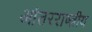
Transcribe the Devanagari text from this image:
आंतरराष्त्रीय